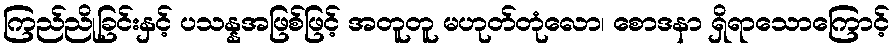
ကြည်ညိုခြင်းနှင့် ပသန္နအဖြစ်ဖြင့် အတူတူ မဟုတ်တုံလော၊ စောဒနာ ရှိရာသောကြောင့်